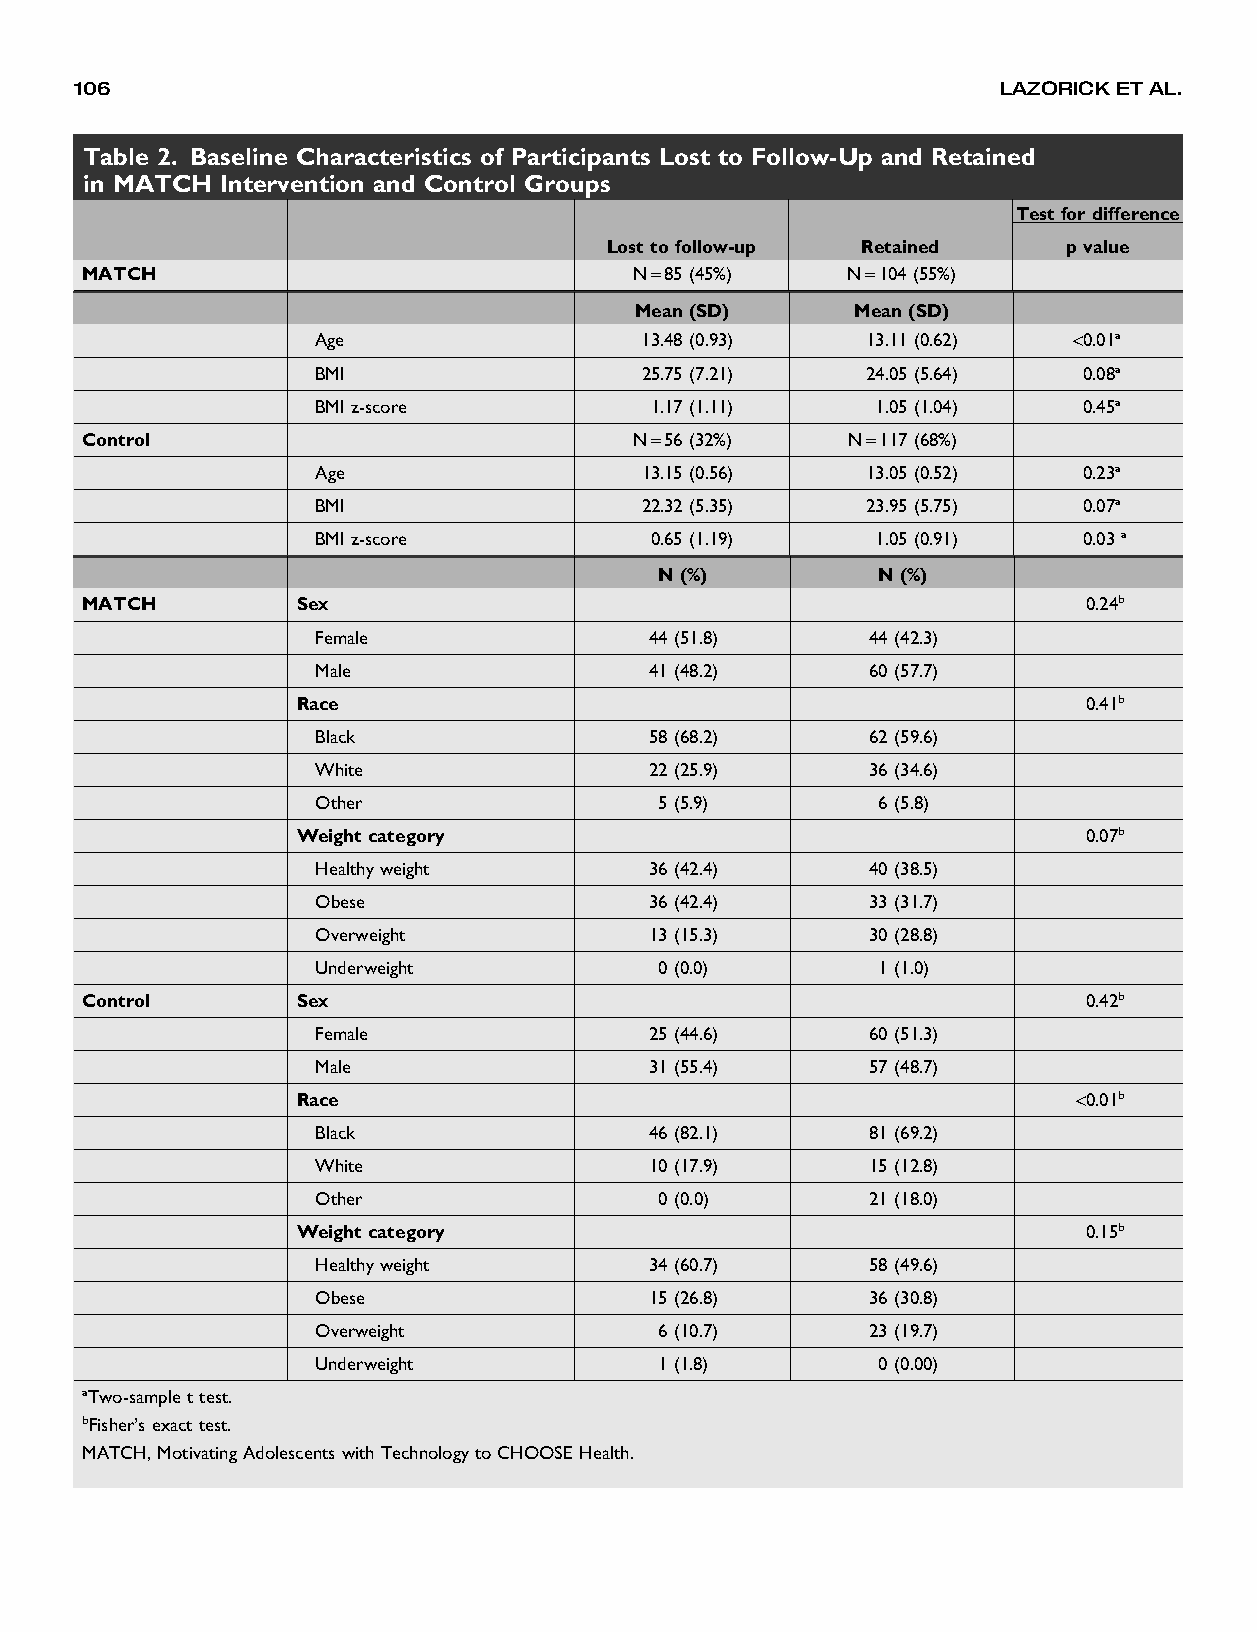
106                                                          LAZORICK ETAL.
 Table 2. Baseline Characteristics of Participants Lost to Follow-Up and Retained
 in MATCH  Intervention and Control Groups
 Test fordifference
 Lost to follow-up Retained     pvalue
 MATCH                                N=85(45%)     N=104(55%)
 Mean(SD)       Mean(SD)
 Age                  13.48 (0.93)   13.11(0.62)   <0.01a
 BMI                  25.75 (7.21)   24.05(5.64)    0.08a
 BMIz-score            1.17 (1.11)    1.05(1.04)    0.45a
 Control                              N=56(32%)     N=117(68%)
 Age                  13.15 (0.56)   13.05(0.52)    0.23a
 BMI                  22.32 (5.35)   23.95(5.75)    0.07a
 BMIz-score            0.65 (1.19)    1.05(0.91)    0.03a
 N(%)          N(%)
 MATCH          Sex                                                 0.24b
 Female                44(51.8)       44(42.3)
 Male                  41(48.2)       60(57.7)
 Race                                                0.41b
 Black                 58(68.2)       62(59.6)
 White                 22(25.9)       36(34.6)
 Other                  5 (5.9)       6 (5.8)
 Weight category                                     0.07b
 Healthyweight         36(42.4)       40(38.5)
 Obese                 36(42.4)       33(31.7)
 Overweight            13(15.3)       30(28.8)
 Underweight            0 (0.0)       1 (1.0)
 Control        Sex                                                 0.42b
 Female                25(44.6)       60(51.3)
 Male                  31(55.4)       57(48.7)
 Race                                               <0.01b
 Black                 46(82.1)       81(69.2)
 White                 10(17.9)       15(12.8)
 Other                  0 (0.0)       21(18.0)
 Weight category                                     0.15b
 Healthyweight         34(60.7)       58(49.6)
 Obese                 15(26.8)       36(30.8)
 Overweight             6 (10.7)      23(19.7)
 Underweight            1 (1.8)       0 (0.00)
 aTwo-sample ttest.
 bFisher’s exacttest.
 MATCH,Motivating Adolescents with TechnologytoCHOOSE Health.